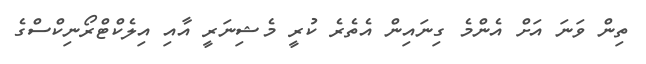
ތިން ވަނަ އަށް އެންމެ ގިނައިން އެތެރެ ކުރީ މެޝިނަރީ އާއި އިލެކްޓްރޯނިކްސްގެ